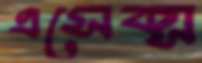
এসেক্স